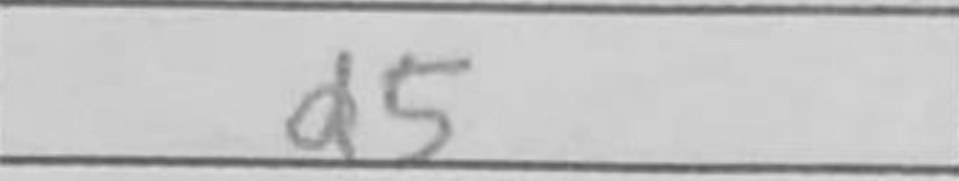
Transcription: d5